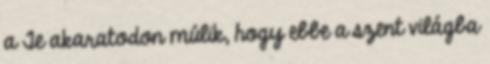
a Te akaratodon múlik, hogy ebbe a szent világba